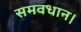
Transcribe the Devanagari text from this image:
समवधान।